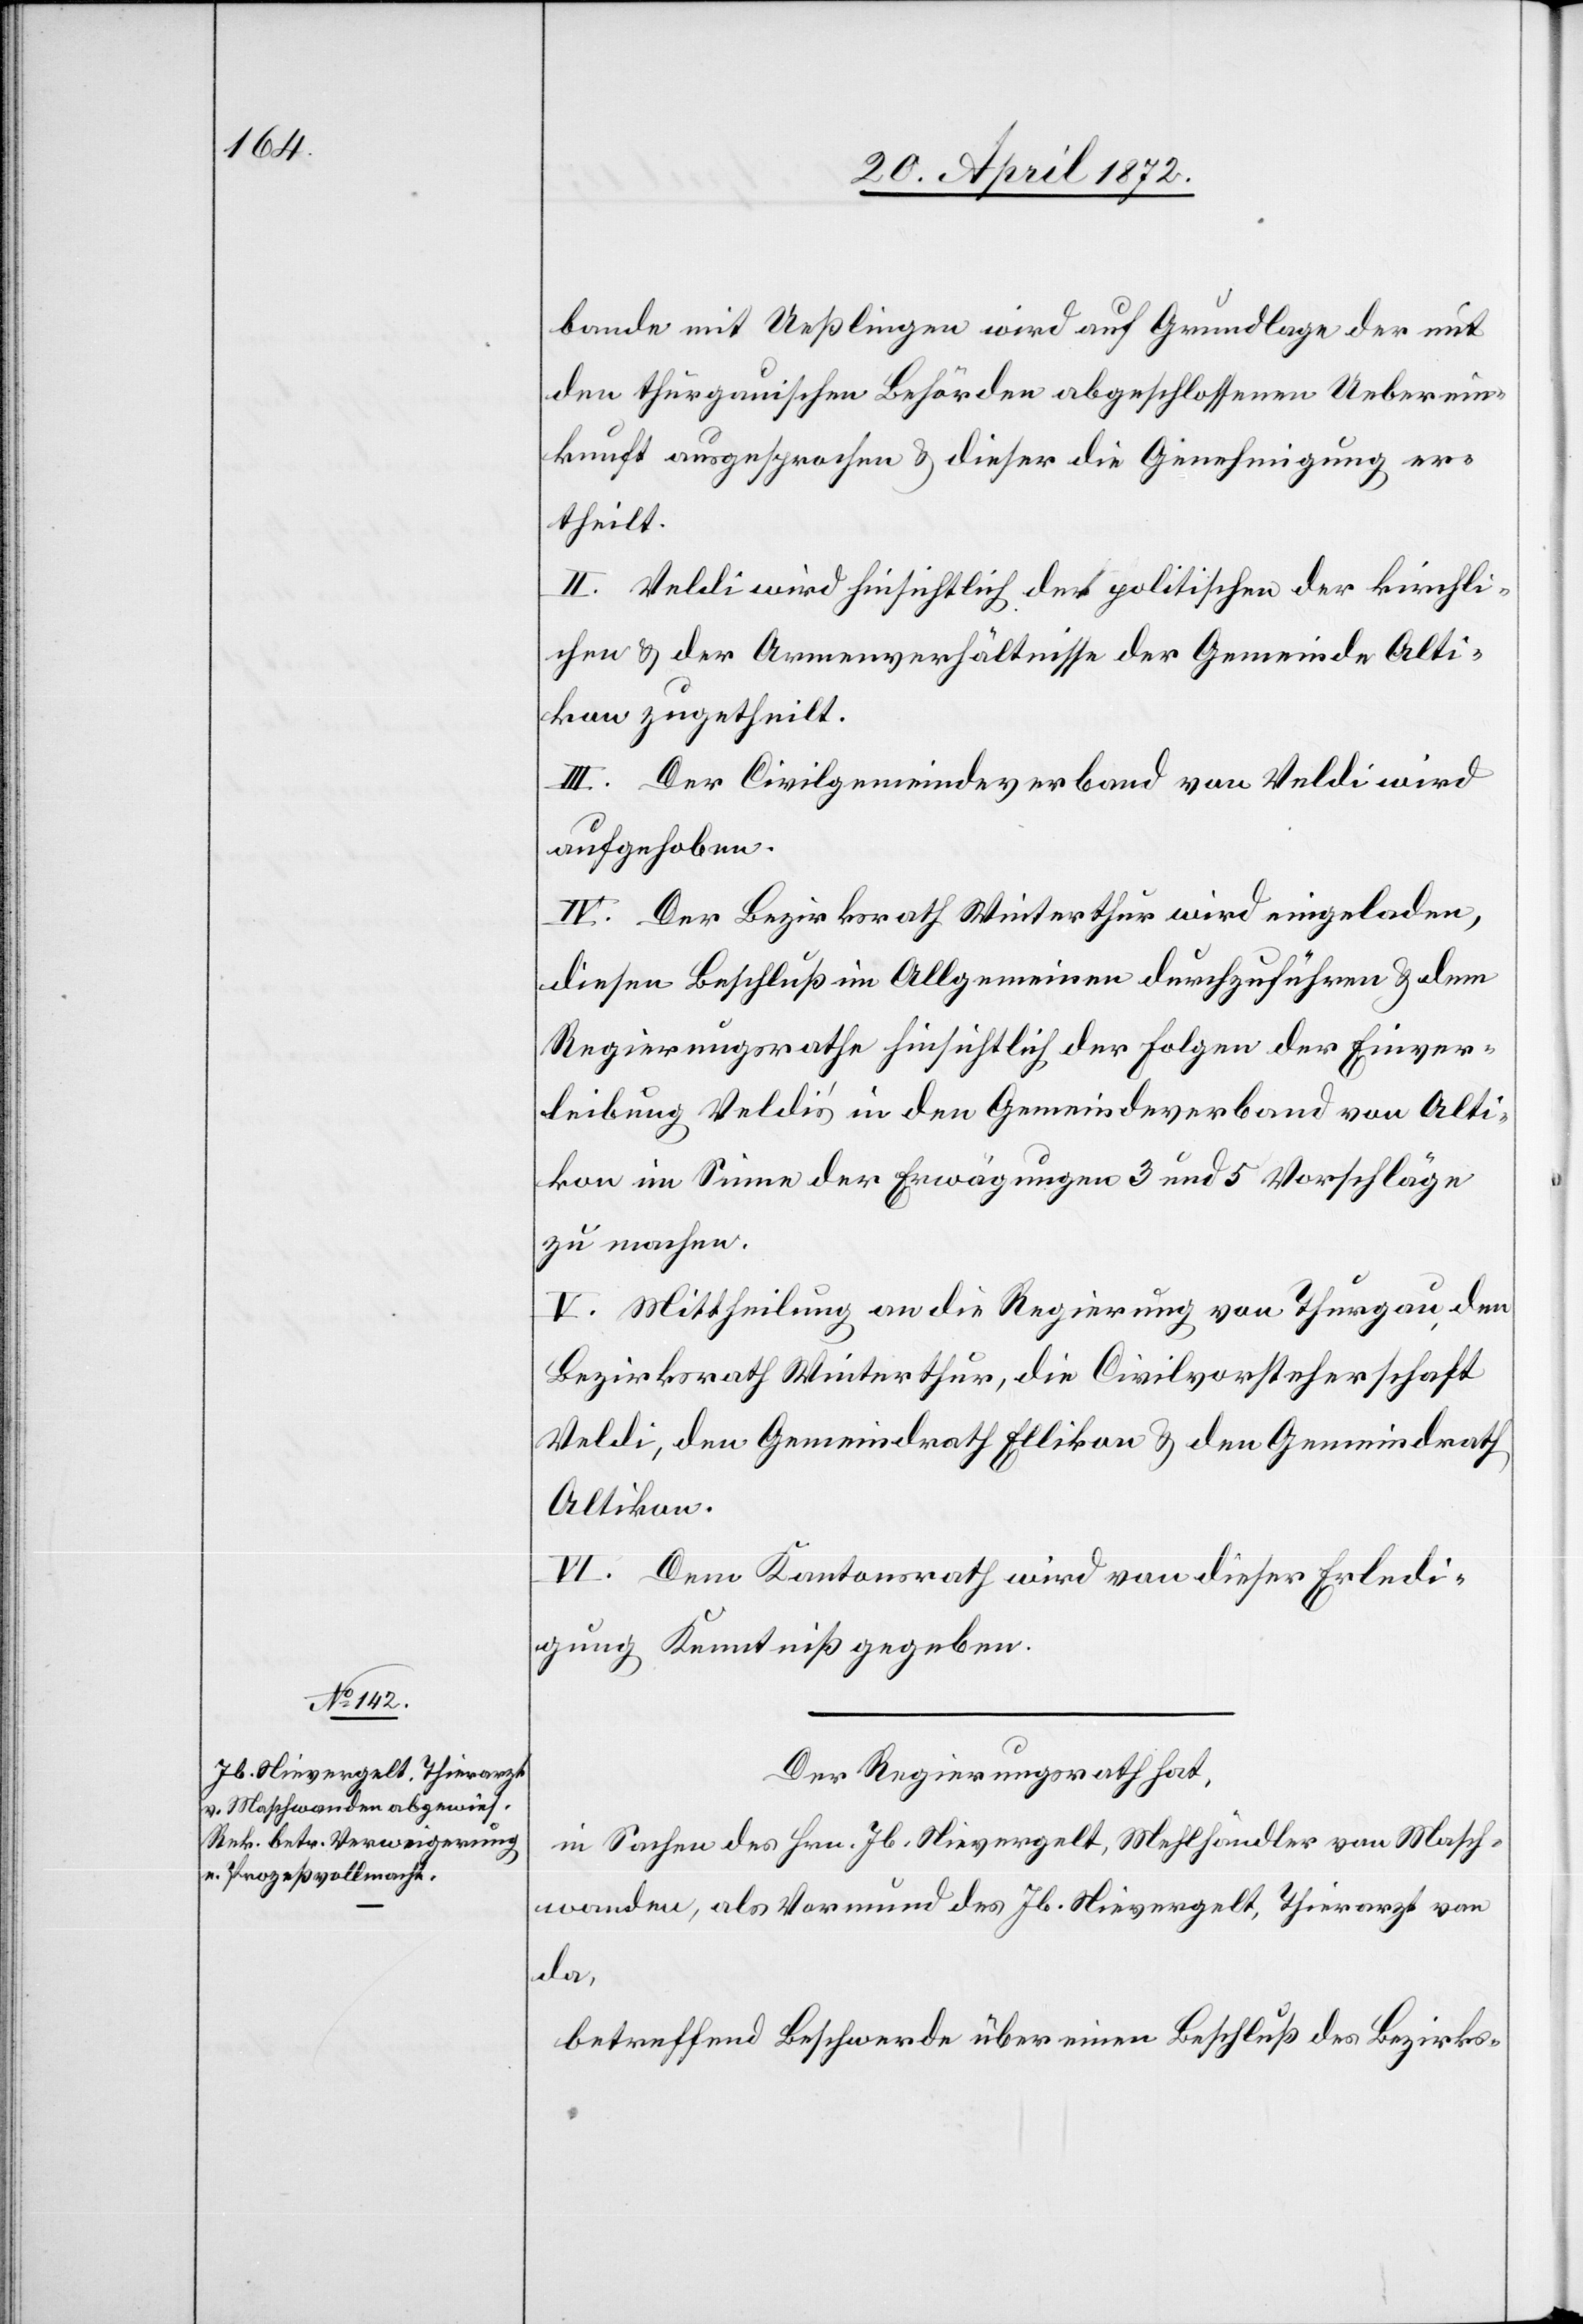
bande mit Ueßlingen wird auf Grundlage der mit
den thurgauischen Behörden abgeschlossenen Ueberein¬
kunft ausgesprochen u. dieser die Genehmigung er¬
theilt.
II. Veldi wird hinsichtlich der politischen[,] der kirchli¬
chen u. der Armenverhältnisse der Gemeinde Alti¬
kon zugetheilt.
III. Der Civilgemeindeverband von Veldi wird
aufgehoben.
IV. Der Bezirksrath Winterthur wird eingeladen,
diesen Beschluß im Allgemeinen durchzuführen u. dem
Regierungsrathe hinsichtlich der Folgen der Einver¬
leibung Veldi’s in den Gemeindeverband von Alti¬
kon im Sinne der Erwägungen 3 und 5 Vorschläge
zu machen.
V. Mittheilung an die Regierung von Thurgau, den
Bezirksrath Winterthur, die Civilvorsteherschaft
Veldi, den Gemeindrath Ellikon u. den Gemeindrath
Altikon.
VI. Dem Kantonsrath wird von dieser Erledi¬
gung Kenntniß gegeben.
Der Regierungsrath hat,
in Sachen des Hrn. Jb. Nievergelt, Mehlhändler von Masch¬
wanden, als Vormund des Jb. Nievergelt, Thierarzt von
da,
betreffend Beschwerde über einen Beschluß des Bezirks-